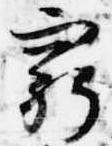
窮